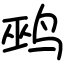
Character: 鹀